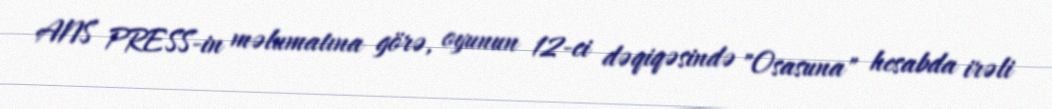
ANS PRESS-in məlumatına görə, oyunun 12-ci dəqiqəsində "Osasuna" hesabda irəli